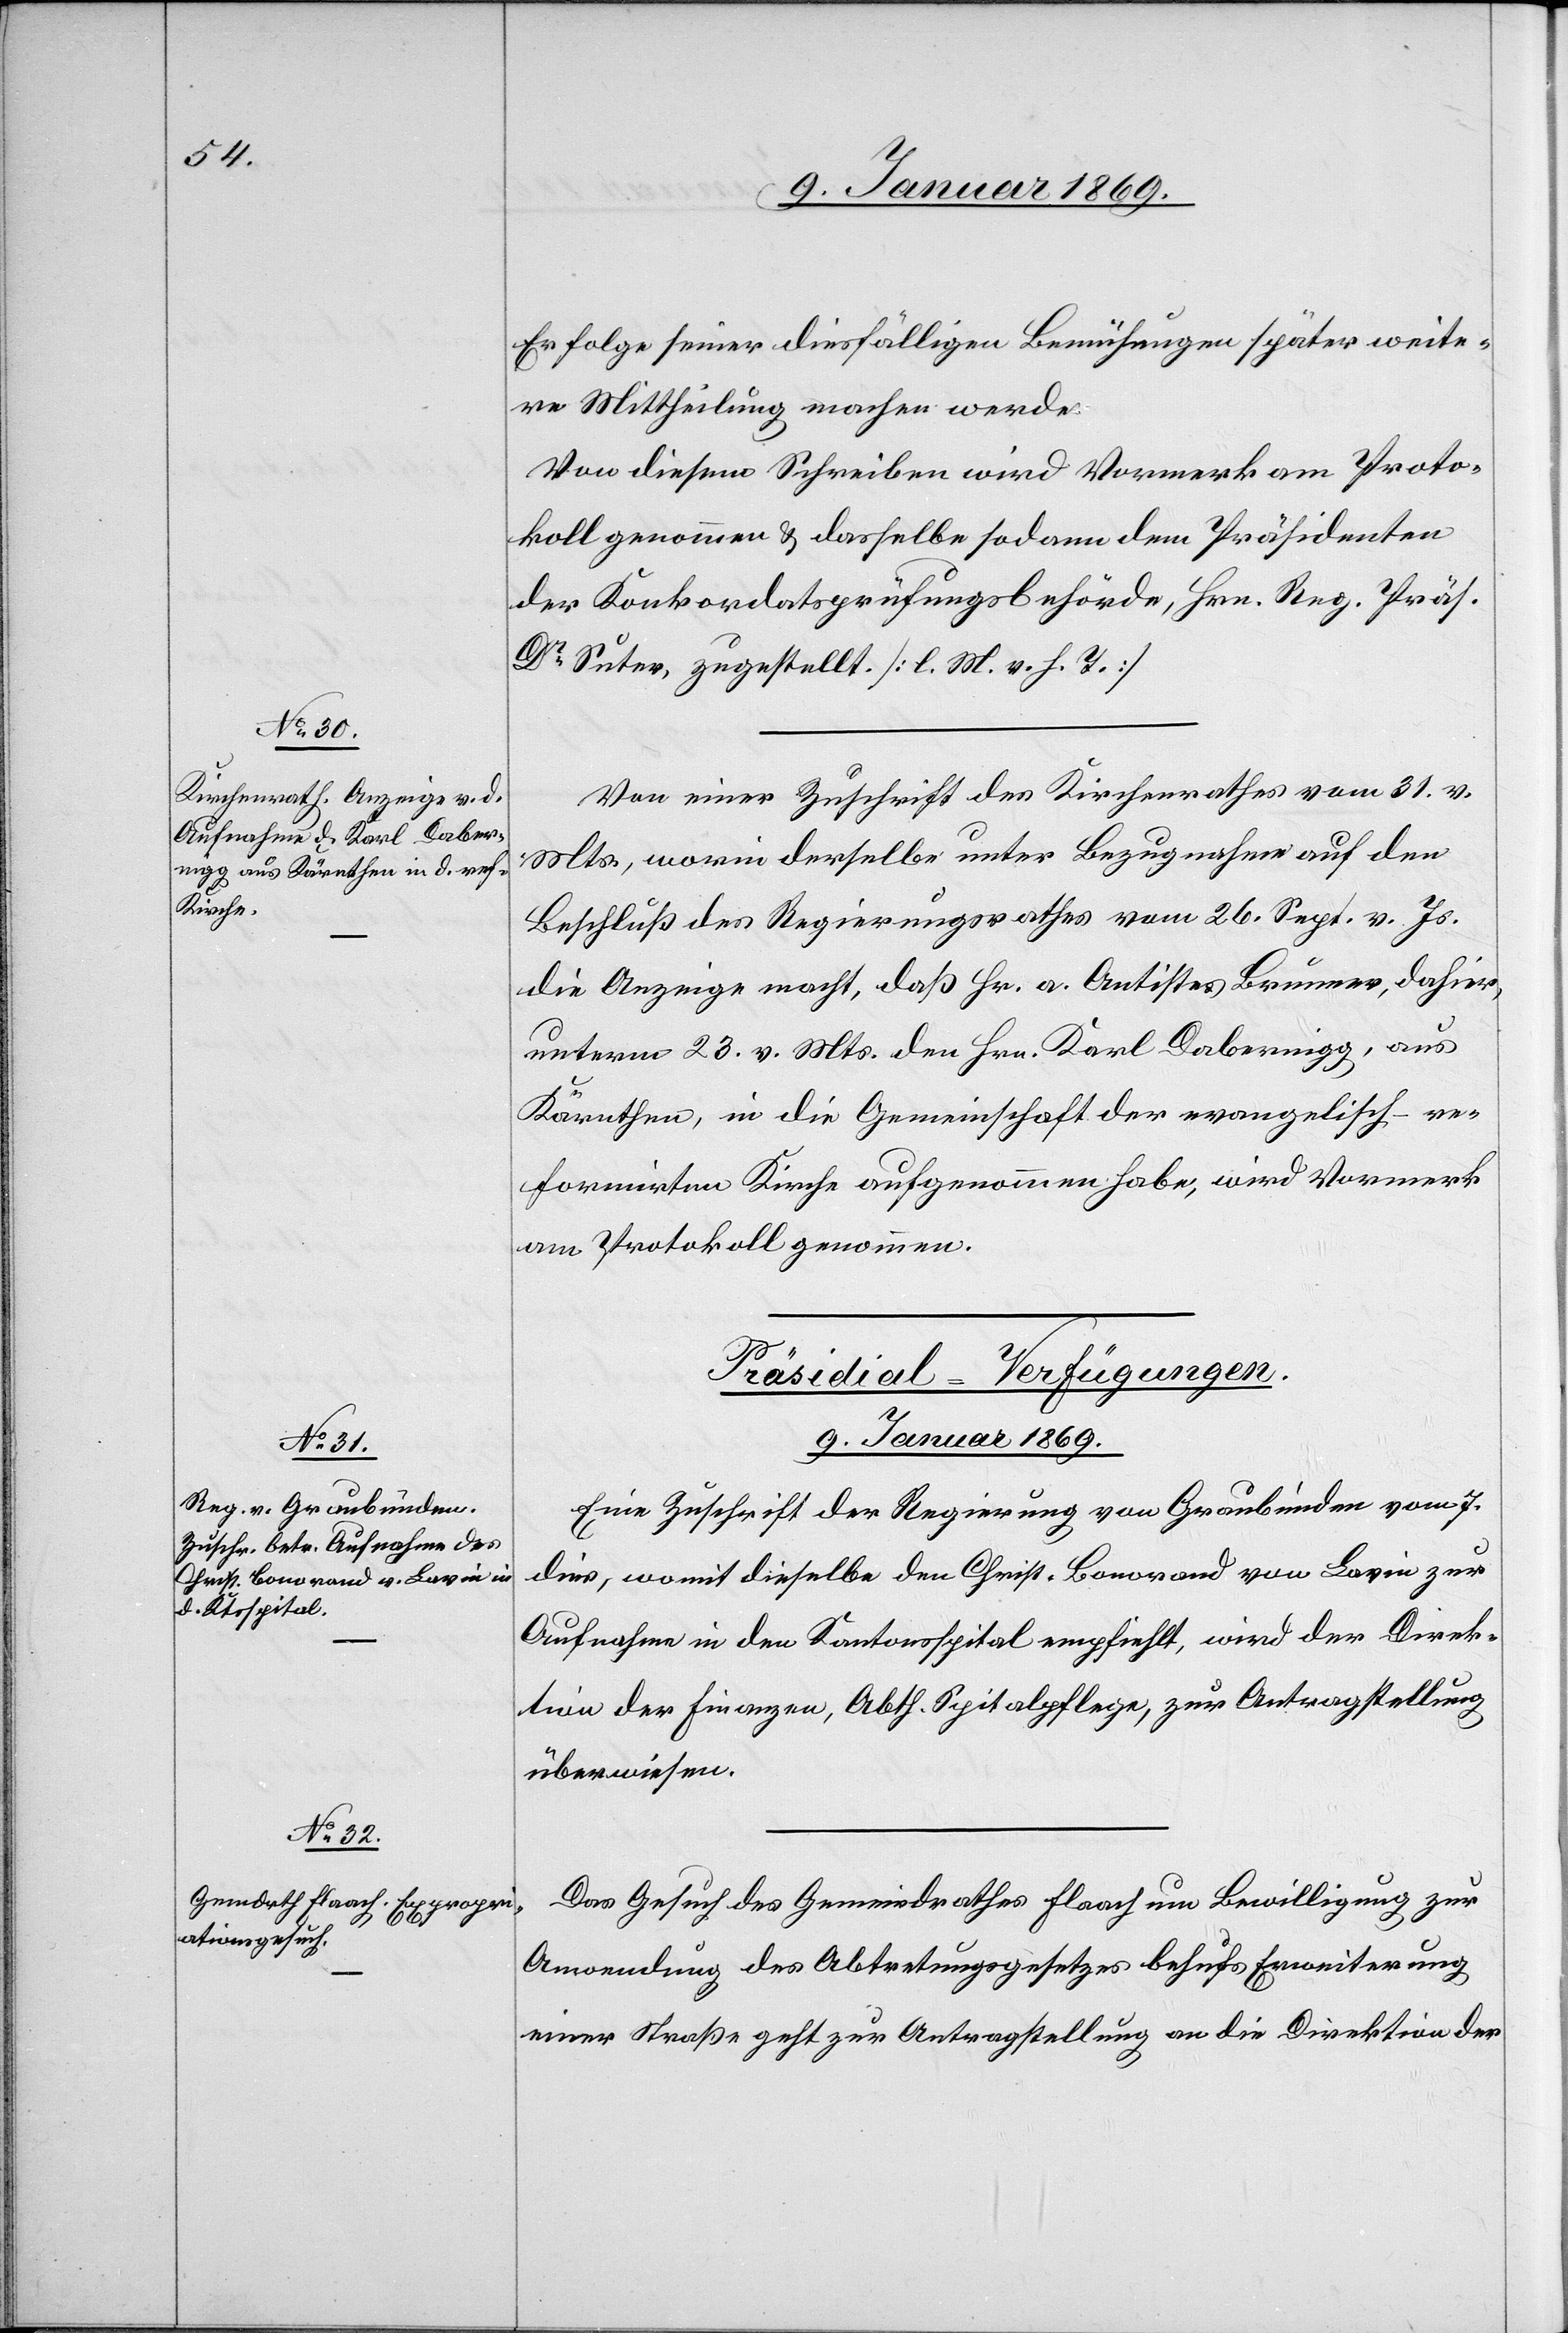
Erfolge seiner diesfälligen Bemühungen später weite¬
re Mittheilung machen werde.
Von diesem Schreiben wird Vormerk am Proto¬
koll genommen & dasselbe sodann dem Präsidenten
der Konkordatsprüfungsbehörde, Hrn. Reg. Präs.
Dr Suter, zugestellt. [l. M. v. h. T.]
Von einer Zuschrift des Kirchenrathes vom 31. v.
Mts., worin derselbe unter Bezugnahme auf den
Beschluß des Regierungsrathes vom 26. Sept. vor. Js.
die Anzeige macht, daß Hr. a. Antistes Brunner, dahier,
unterm 23. v. Mts. den Hrn. Karl Dabernigg, aus
Kärnthen, in die Gemeinschaft der evangelisch-re¬
formirten Kirche aufgenommen habe, wird Vormerk
am Protokoll genommen.
[Präsidial-Verfügungen.
9. Januar 1869.]
Eine Zuschrift der Regierung von Graubünden vom 7
dies, womit dieselbe den Christ. Bonorand von Lavin zur
Aufnahme in den Kantonsspital empfiehlt, wird der Direk¬
tion der Finanzen, Abth. Spitalpflege, zur Antragsstellung
überwiesen.
Das Gesuch des Gemeindrathes Flaach um Bewilligung zur
Anordnung des Abtretungsgesetzes behufs Erweiterung
einer Straße geht zur Antragstellung an die Direktion der